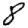
Digit: 8